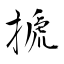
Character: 搋